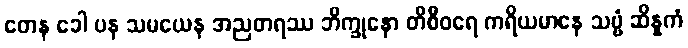
တေန ခေါ ပန သမယေန အညတရဿ ဘိက္ခုနော တိစီဝရေ ကရိယမာနေ သဗ္ဗံ ဆိန္နကံ